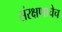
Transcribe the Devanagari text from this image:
संरक्षणाचेच